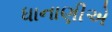
ધાનાણીએ